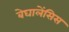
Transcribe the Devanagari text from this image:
बेघालेंसिस